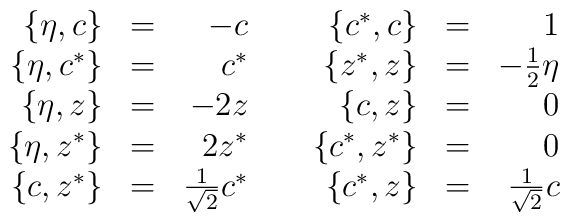
\begin{array}{rcr}\{\eta,c\}&=&-c \\ \{\eta,c^*\}&=&c^*\\ \{\eta,z\}&=&-2z \\ \{\eta,z^*\}&=&2z^* \\ \{c,z^*\}&=&   \frac{1}{\sqrt{2}}c^*   \end{array} \;\;\;\; \begin{array}{rcr}\{c^*,c\}&=&1 \\\{z^*,z\}&=&-\frac{1}{2}\eta \\ \{c,z\}&=&0 \\ \{c^*,z^*\}&=&0 \\ \{c^*,z\}&=&\frac{1}{\sqrt{2}}c\end{array}